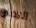
الاطار